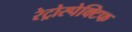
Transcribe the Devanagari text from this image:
रेट्रोस्‍पेक्टिफ